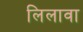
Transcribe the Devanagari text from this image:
लिलावा